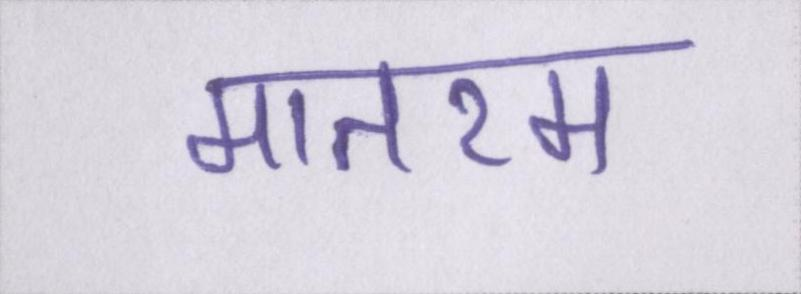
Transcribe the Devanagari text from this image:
मातरम